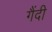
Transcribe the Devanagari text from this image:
गैंदी